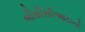
બીસીસીઆઇનો